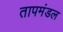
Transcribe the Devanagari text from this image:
तापमंडल